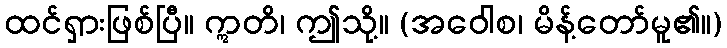
ထင်ရှားဖြစ်ပြီ။ ဣတိ၊ ဤသို့။ (အဝေါစ၊ မိန့်တော်မူ၏။)